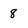
Character: 8